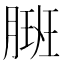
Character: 𬂇